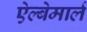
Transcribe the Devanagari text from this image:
ऐल्बेमार्ल